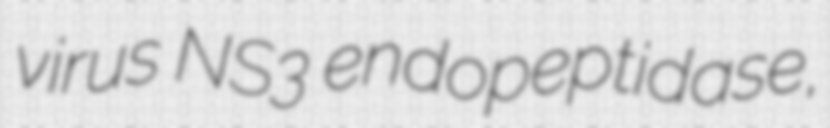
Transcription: virus NS3 endopeptidase,